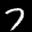
Label: 7